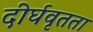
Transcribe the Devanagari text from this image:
दीर्घवृतता